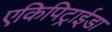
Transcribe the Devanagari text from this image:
एकिपिट्राईडा